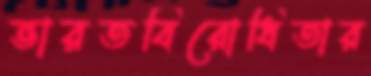
ভারতবিরোধিতার